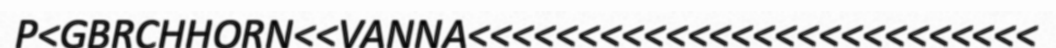
P<GBRCHHORN<<VANNA<<<<<<<<<<<<<<<<<<<<<<<<<<